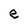
Character: e